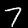
Label: 7